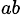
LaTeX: ^{ab}